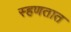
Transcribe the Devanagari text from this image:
स्हणतात